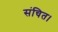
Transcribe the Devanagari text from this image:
संचित।